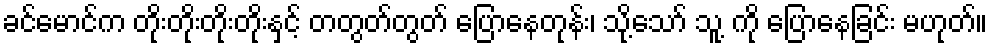
ခင်မောင်က တိုးတိုးတိုးတိုးနှင့် တတွတ်တွတ် ပြောနေတုန်း၊ သို့သော် သူ့ ကို ပြောနေခြင်း မဟုတ်။